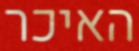
האיכר